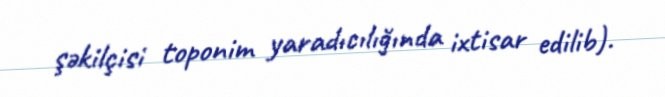
şəkilçisi toponim yaradıcılığında ixtisar edilib).